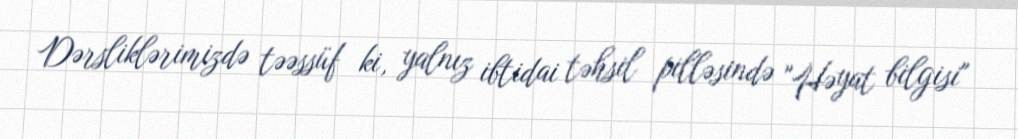
Dərsliklərimizdə təəssüf ki, yalnız ibtidai təhsil pilləsində "Həyat bilgisi"